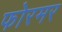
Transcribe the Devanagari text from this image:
फोरमर